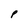
Character: P